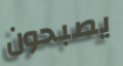
يصبحون